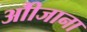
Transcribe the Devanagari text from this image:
औीजाना